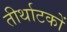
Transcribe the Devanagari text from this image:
तीर्थाटकों